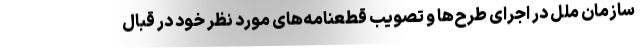
سازمان ملل در اجرای طرح‌ها و تصویب قطعنامه‌های مورد نظر خود در قبال